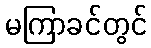
မကြာခင်တွင်